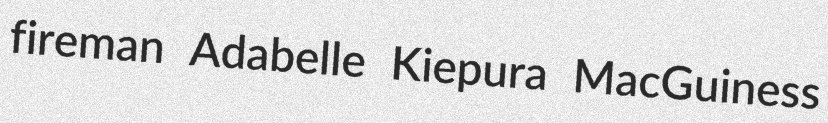
fireman Adabelle Kiepura MacGuiness